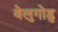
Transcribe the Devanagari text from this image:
वेलुगोडु